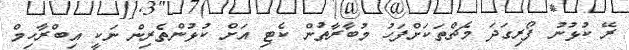
ރޭ ކުޅުނު ފޯރިގަދަ މެޗްތަކަށްފަހު މުބާރާތުން ކެޓި އަށް ކުޅުންތެރިން ނަކީ އިބްރާހިމް